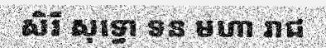
សិរី សុទ្ធោ ទន មហា រាជ